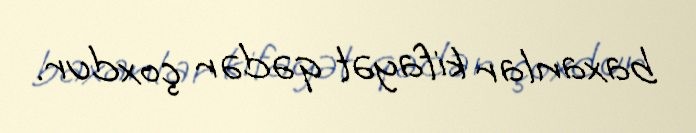
baxanlar kifayət qədər çoxdur.